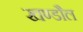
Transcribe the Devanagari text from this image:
खण्डौल